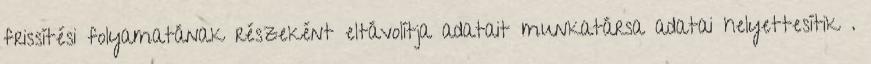
frissítési folyamatának részeként eltávolítja adatait munkatársa adatai helyettesítik .